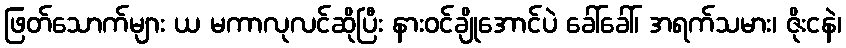
ဖြတ်သောက်များ ယ မကာလုလင်ဆိုပြီး နားဝင်ချိုအောင်ပဲ ခေါ်ခေါ်၊ အရက်သမား၊ ဇိုးငနဲ၊